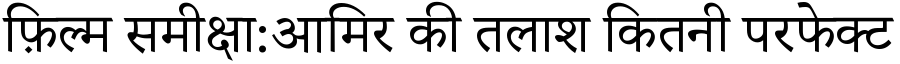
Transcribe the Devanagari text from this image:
फ़िल्म समीक्षा:आमिर की तलाश कितनी परफेक्ट